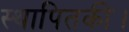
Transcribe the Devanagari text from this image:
स्थापितकी।